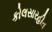
કોલસારહીત